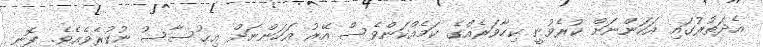
އެދަތުރުގައި އަހަންނަށް ކުރެވުނީ ކިހާވަރެއްގެ ކަމެއްކަންވެސް އޭރު އަހަންނަށް އިޙުސާސު ނުކުރެވެއެވެ. ފޮނި